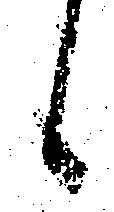
候